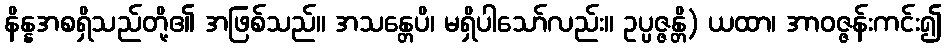
နိန္နအစရှိသည်တို့၏ အဖြစ်သည်။ အသန္တေပိ၊ မရှိပါသော်လည်း။ ဥပ္ပဇ္ဇန္တိ) ယထာ၊ အာဝဇ္ဇန်းကင်း၍